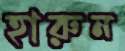
হারুন